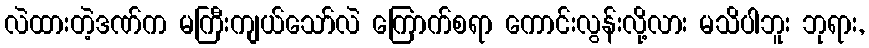
လဲထားတဲ့ဒဏ်က မကြီးကျယ်သော်လဲ ကြောက်စရာ ကောင်းလွန်းလို့လား မသိပါဘူး ဘုရား,